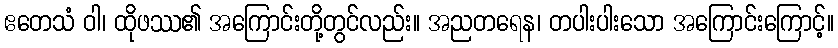
ဧတေသံ ဝါ၊ ထိုဖဿ၏ အကြောင်းတို့တွင်လည်း။ အညတရေန၊ တပါးပါးသော အကြောင်းကြောင့်။